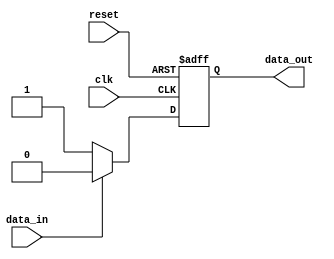
module open_drain_buffer (
    input wire clk,
    input wire reset,
    input wire data_in,
    output reg data_out
);

// Output buffer logic
always @(posedge clk or posedge reset)
begin
    if (reset)
        data_out <= 1'b1;  // Release control of signal line
    else if (data_in)
        data_out <= 1'b0;  // Drive output signal low
    else
        data_out <= 1'b1;  // Release control of signal line
end

endmodule